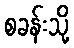
စခန်းသို့